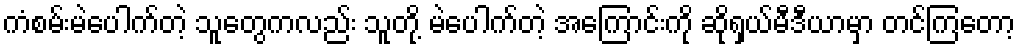
ကံစမ်းမဲပေါက်တဲ့ သူတွေကလည်း သူတို့ မဲပေါက်တဲ့ အကြောင်းကို ဆိုရှယ်မီဒီယာမှာ တင်ကြတော့